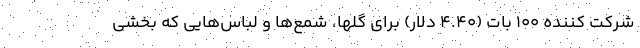
شرکت کننده ۱۰۰ بات (۴.۴۰ دلار) برای گلها، شمع‌ها و لباس‌هایی که بخشی